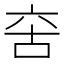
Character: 𠲩